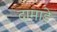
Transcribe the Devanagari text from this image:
दामाड़े